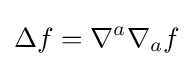
\Delta f=\nabla ^{a}\nabla _{a}f